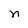
Character: n